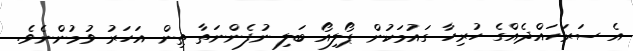
އެ ސަރަހައްދެއްގެ ހުރިހާ ގައުމަކުން ޕޯލިއޯ ބަލި ނުފެންނަތާ ތިން އަހަރު ވުމުންނެވެ.